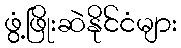
ဖွံ့ဖြိုးဆဲနိုင်ငံများ